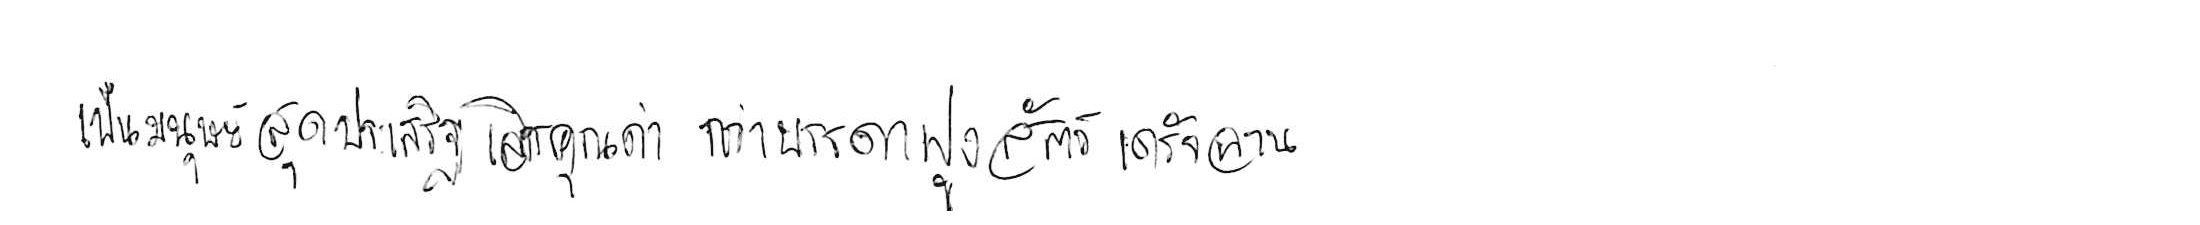
เป็นมนุษย์สุดประเสริฐเลิศคุณค่า กว่าบรรดาฝูงสัตว์เดรัจฉาน